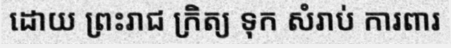
ដោយ ព្រះរាជ ក្រិត្យ ទុក សំរាប់ ការពារ